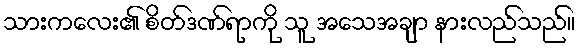
သားကလေး၏ စိတ်ဒဏ်ရာကို သူ အသေအချာ နားလည်သည်။